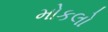
મોકલો